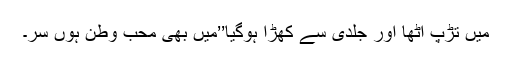
میں تڑپ اٹھا اور جلدی سے کھڑا ہوگیا’’میں بھی محب وطن ہوں سر۔